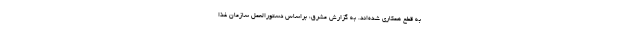
به قطع همکاری شده‌اند. به گزارش مشرق، براساس دستورالعمل سازمان غذا